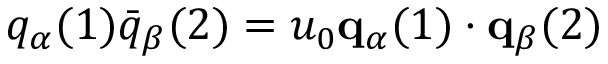
q _ { \alpha } ( 1 ) \bar { q } _ { \beta } ( 2 ) = u _ { 0 } { \bf q } _ { \alpha } ( 1 ) \cdot { \bf q } _ { \beta } ( 2 )